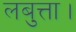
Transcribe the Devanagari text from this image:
लबुत्ता।